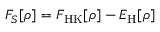
F _ { S } [ \rho ] = F _ { \mathrm { H K } } [ \rho ] - E _ { \mathrm { H } } [ \rho ]